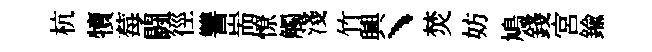
杭犢莓闘徑讐耑憭觸淺竹興丶焚妨鳩錢宮鍮